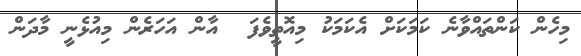
މިހެން ކަންތައްވާނެ ކަމަކަށް އެކަމަކު މިއޮތީވެފަ  އާން އަހަރެން މިއުޅެނީ މާދަން